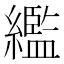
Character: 繿